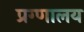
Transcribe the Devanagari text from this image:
प्रग्णालय